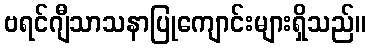
ဗရင်ဂျီသာသနာပြုကျောင်းများရှိသည်။